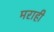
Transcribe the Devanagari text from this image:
मराही